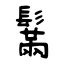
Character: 鬗